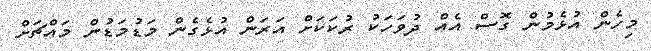
މިހެން އުޅެމުން ގޮސް އެއް ދުވަހަކު ރުކަކަށް އަރަން އުޅެގެން މަޑުމަޑުން މައްޗަށް